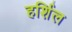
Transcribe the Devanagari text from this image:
हर्शिल